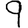
Digit: 9